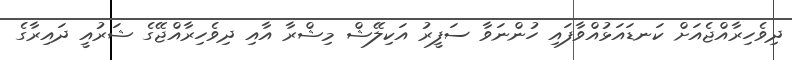
ދިވެހިރާއްޖެއަށް ކަނޑައަޅުއްވާފައި ހުންނަވާ ސަފީރު އަކިލޭޝް މިޝްރާ އާއި ދިވެހިރާއްޖޭގެ ޝަރުއީ ދައިރާގެ